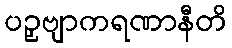
ပဉှဗျာကရဏာနီတိ